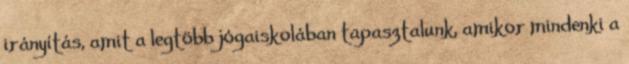
irányítás, amit a legtöbb jógaiskolában tapasztalunk, amikor mindenki a